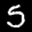
Label: 5